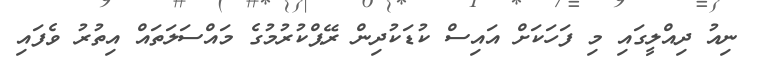
ނިއު ދިއްލީގައި މި ފަހަކަށް އައިސް ކުޑަކުދިން ރޭޕްކުރުމުގެ މައްސަލަތައް އިތުރު ވެފައި